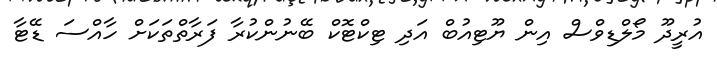
އުރީދޫ މޯލްޑިވްސް އިން ޔޫޓިއުބް އަދި ޓިކްޓޮކް ބޭނުންކުރާ ފަރާތްތަކަށް ހާއްސަ ޑޭޓާ